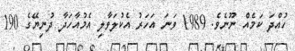
ހުއްދަ ކަމެއް ނޫނެވެ. 1989 ވަނަ އަހަރު އެކުލަވާލި އެމުއާހަދާ ދުނިޔޭގެ 190